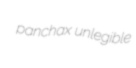
panchax unlegible